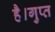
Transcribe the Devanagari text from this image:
है।गुप्त